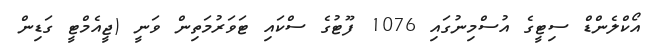
އޯކްލެންޑް ސިޓީގެ އުސްމިނުގައި 1076 ފޫޓުގެ ސްކައި ޓަވަރުމަތިން ވަނީ (ޖީއެމްޓީ ގަޑިން